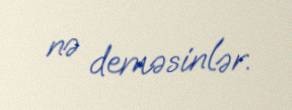
nə deməsinlər.